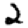
Digit: 2